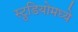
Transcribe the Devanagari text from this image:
स्टु़डियोमध्ये